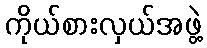
ကိုယ်စားလှယ်အဖွဲ့